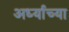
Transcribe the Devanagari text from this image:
अर्ध्याच्या